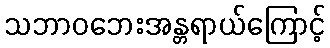
သဘာဝဘေးအန္တရာယ်ကြောင့်